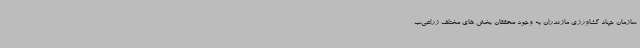
سازمان جهاد کشاورزی مازندران به وجود محققان بخش های مختلف زراعی،ب